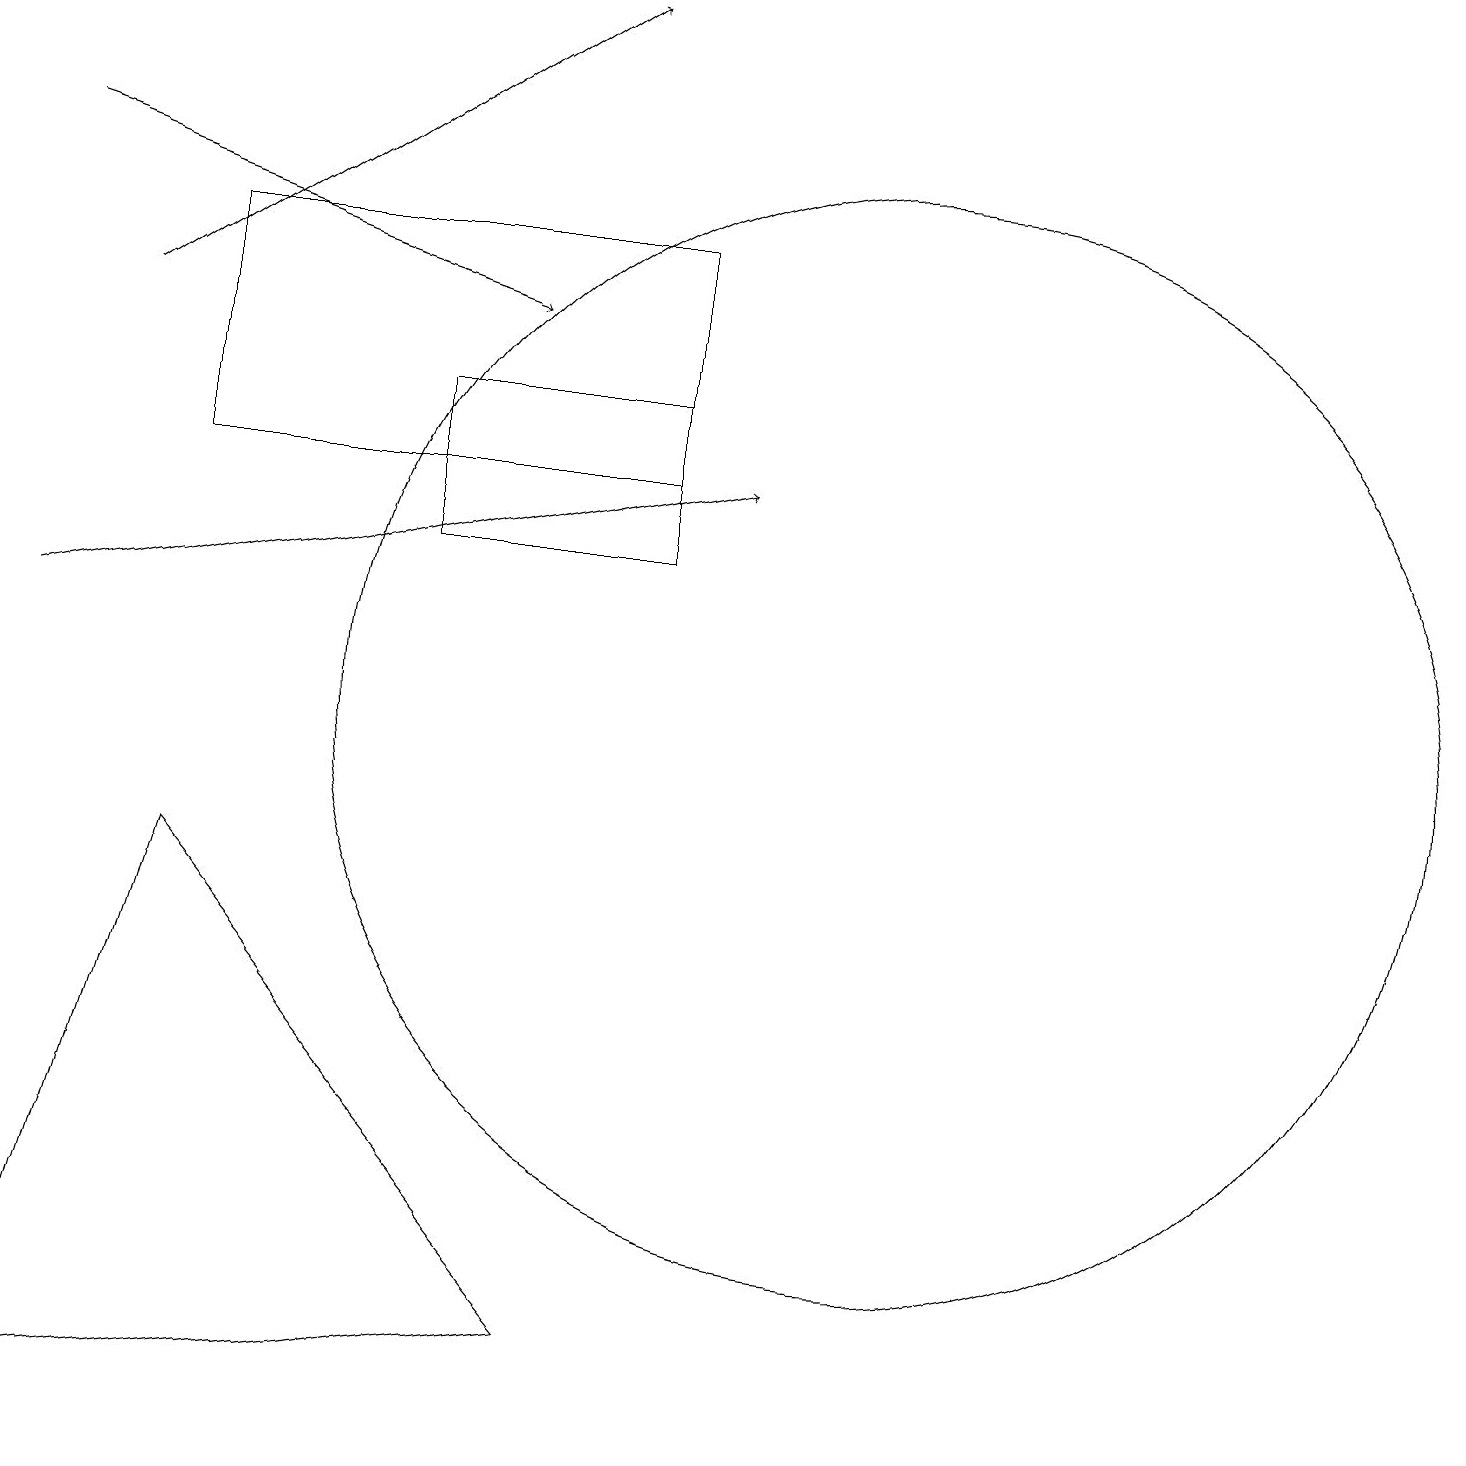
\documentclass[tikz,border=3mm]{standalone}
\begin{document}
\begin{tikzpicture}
\draw[->] (0,11) -- (9,13);
\draw (7,2) -- (0,1) -- (2,8) -- cycle;
\draw (8,13) rectangle (2,16);
\draw[->] (1,15) -- (7,19);
\draw (11,10) circle (7);
\draw (5,12) rectangle (8,14);
\draw[->] (0,17) -- (6,15);
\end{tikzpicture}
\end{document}